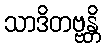
သာဒိတဗ္ဗန္တိ